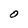
Character: O